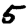
Digit: 5